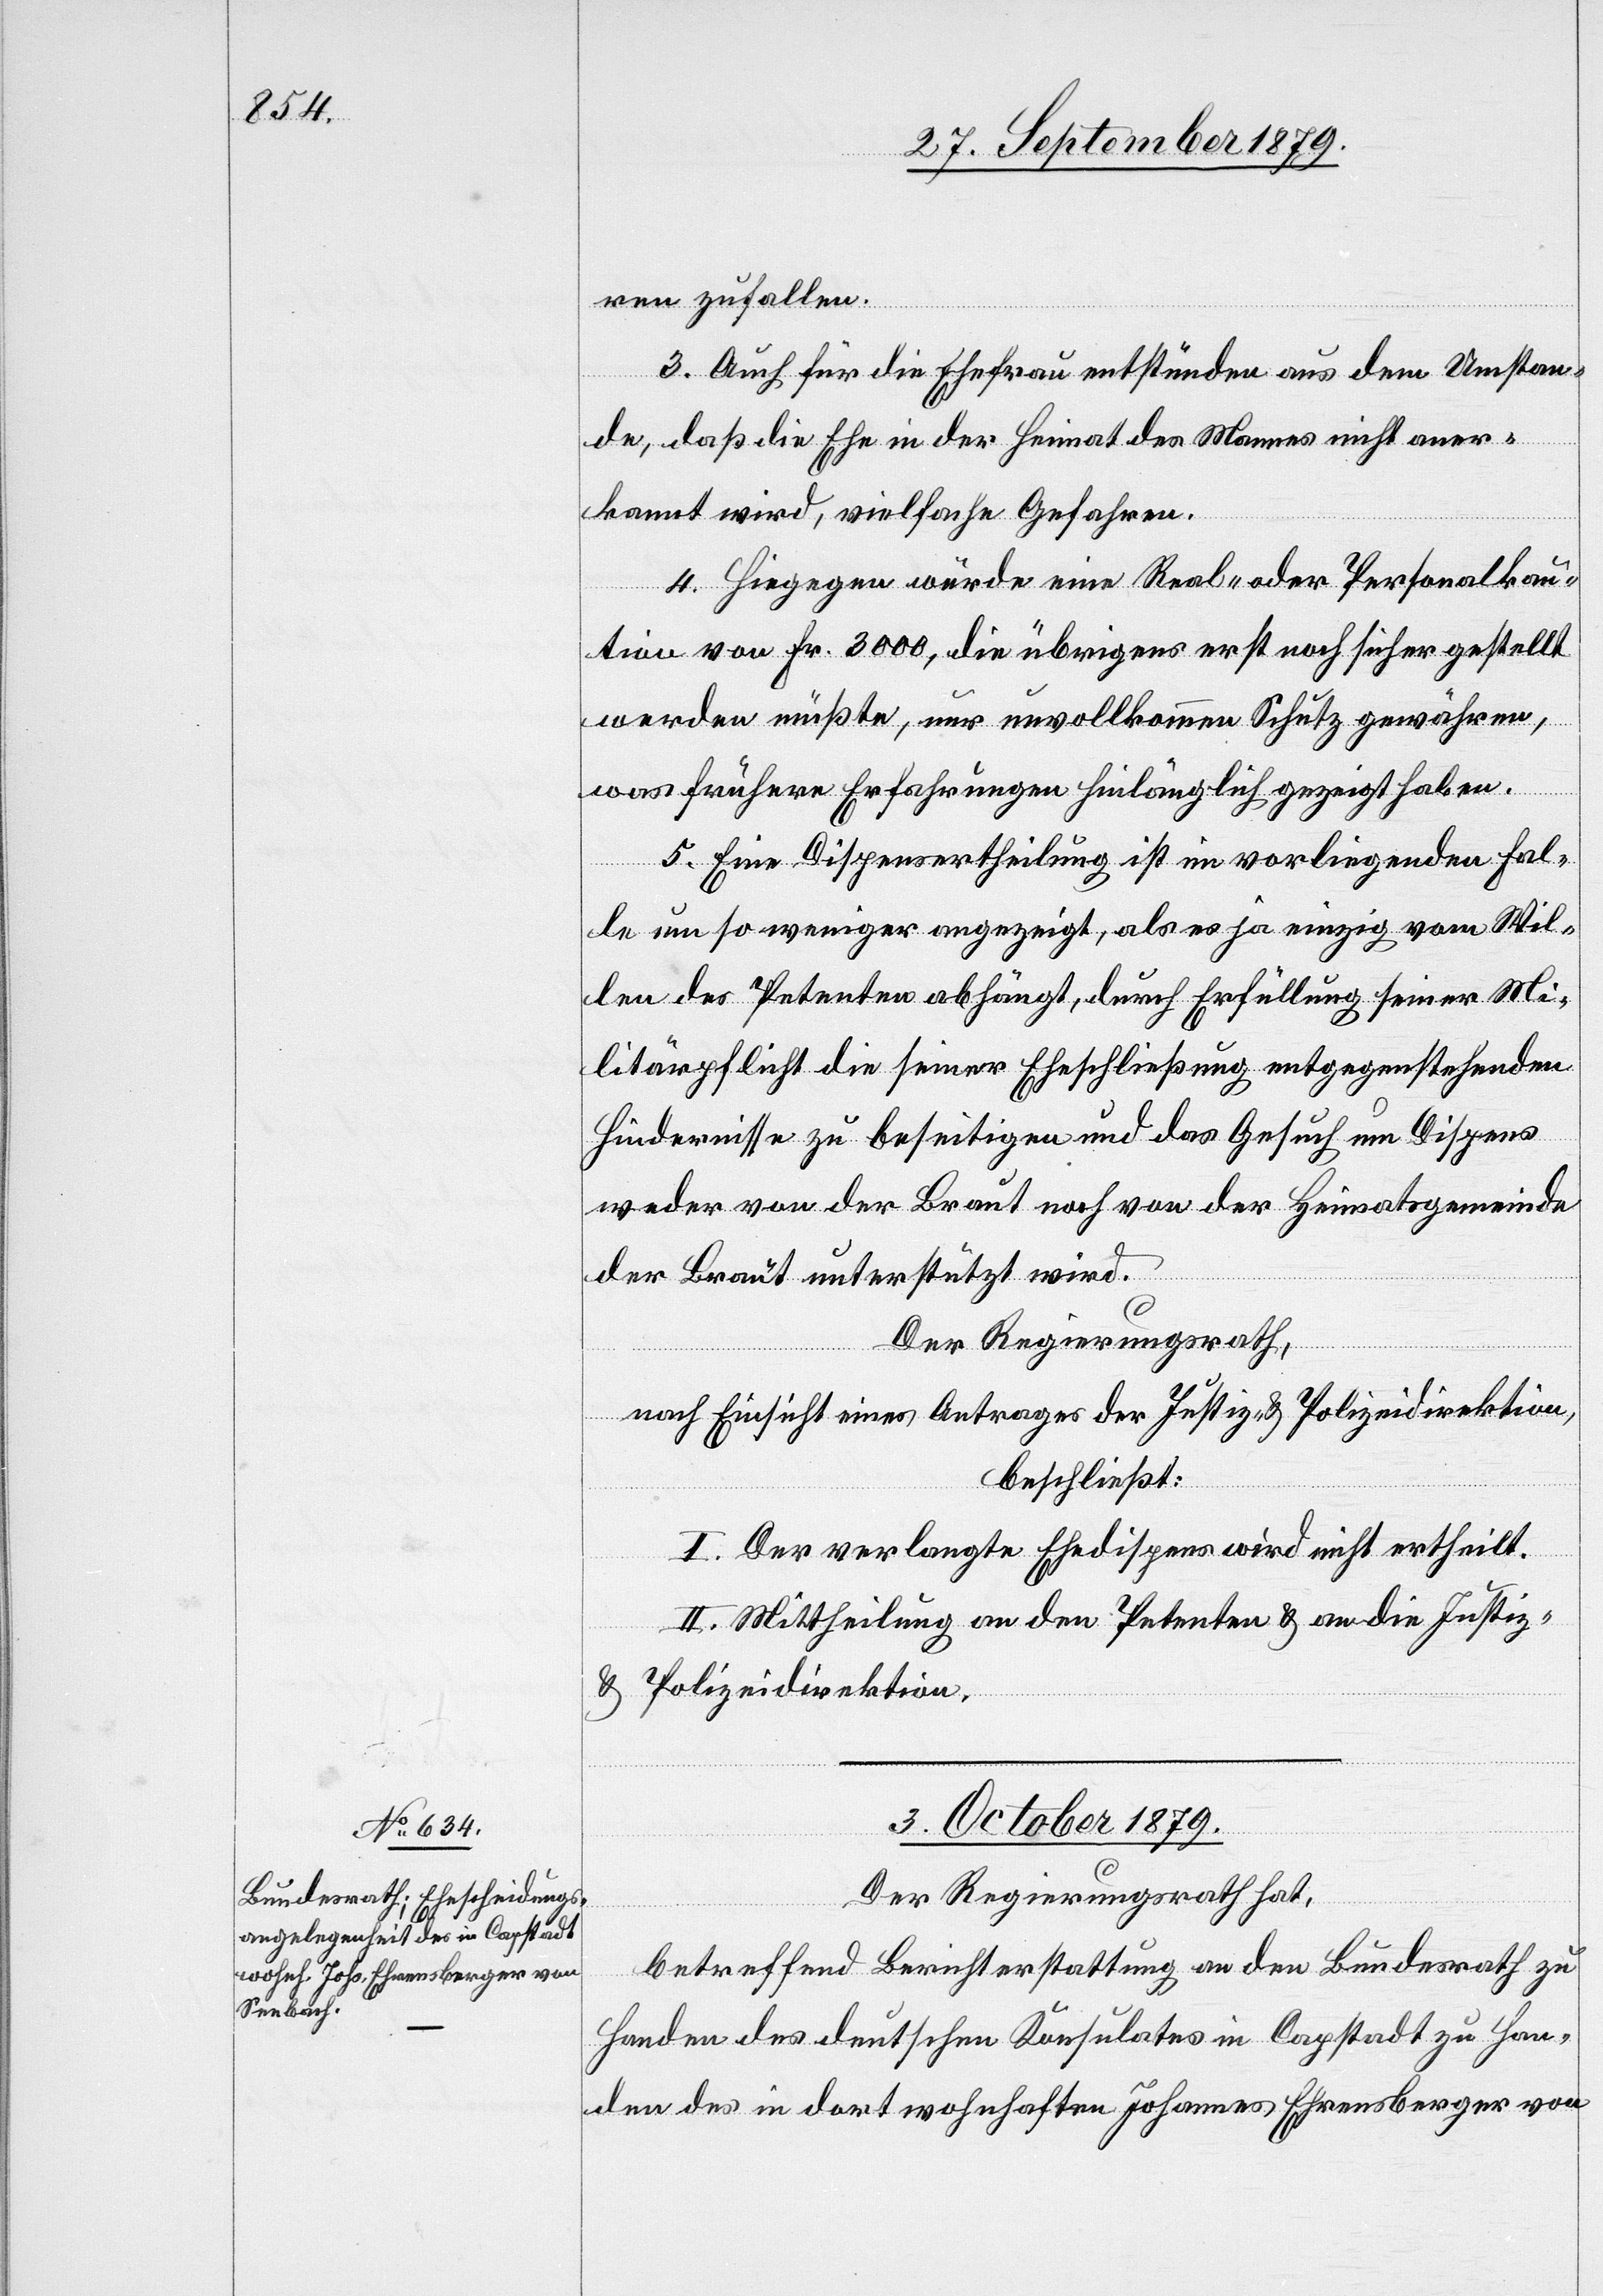
ren zufallen.
3. Auch für die Ehefrau entstünden aus dem Umstan¬
de, daß die Ehe in der Heimat des Mannes nicht aner¬
kannt wird, vielfache Gefahren.
4. Hiegegen würde eine Real- oder Personalkau¬
tion von Fr. 3000, die übrigens erst noch sicher gestellt
werden müßte, nur unvollkommenen Schutz gewähren,
was frühere Erfahrungen hinlänglich gezeigt haben.
5. Eine Dispensertheilung ist im vorliegenden Fal¬
le um so weniger angezeigt, als es ja einzig vom Wil¬
len des Petenten abhängt, durch Erfüllung seiner Mi¬
litärpflicht die seiner Eheschließung entgegenstehenden
Hindernisse zu beseitigen und das Gesuch um Dispens
weder von der Braut noch von der Heimatsgemeinde
der Braut unterstützt wird.
Der Regierungsrath,
nach Einsicht eines Antrages der Justiz- & Polizeidirektion,
beschließt:
I. Der verlangte Ehedispens wird nicht ertheilt.
II. Mittheilung an den Petenten & an die Justiz-
& Polizeidirektion.
03. October 1879.
Der Regierungsrath hat,
betreffend Berichterstattung an den Bundesrath zu
Handen des deutschen Konsulates in Capstadt zu Han¬
den des in dort wohnhaften Johannes Ehrensberger von